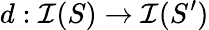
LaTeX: d:\mathcal{I}(S)\rightarrow\mathcal{I}(S^{\prime})